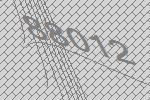
88012